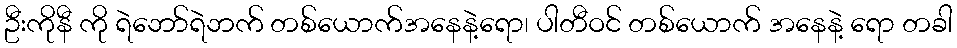
ဦးကိုနီ ကို ရဲဘော်ရဲဘက် တစ်ယောက်အနေနဲ့ရော၊ ပါတီဝင် တစ်ယောက် အနေနဲ့ ရော တခါ